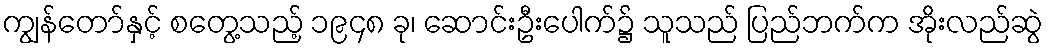
ကျွန်တော်နှင့် စတွေ့သည့် ၁၉၄၈ ခု၊ ဆောင်းဦးပေါက်၌ သူသည် ပြည်ဘက်က အိုးလည်ဆွဲ